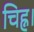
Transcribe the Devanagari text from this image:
चिह्न।